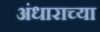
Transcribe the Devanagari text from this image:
अंधाराच्या